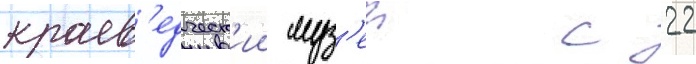
краев'едческ'ии муз'еи с 22